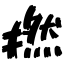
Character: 撚